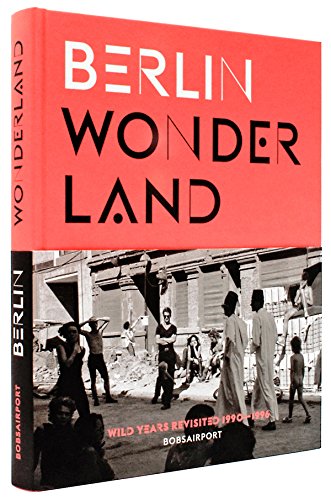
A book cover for Berlin Wonderland: Wild Years Revisited, 1990-1996; Travel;